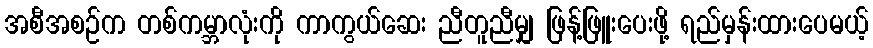
အစီအစဉ်က တစ်ကမ္ဘာလုံးကို ကာကွယ်ဆေး ညီတူညီမျှ ဖြန့်ဖြူးပေးဖို့ ရည်မှန်းထားပေမယ့်